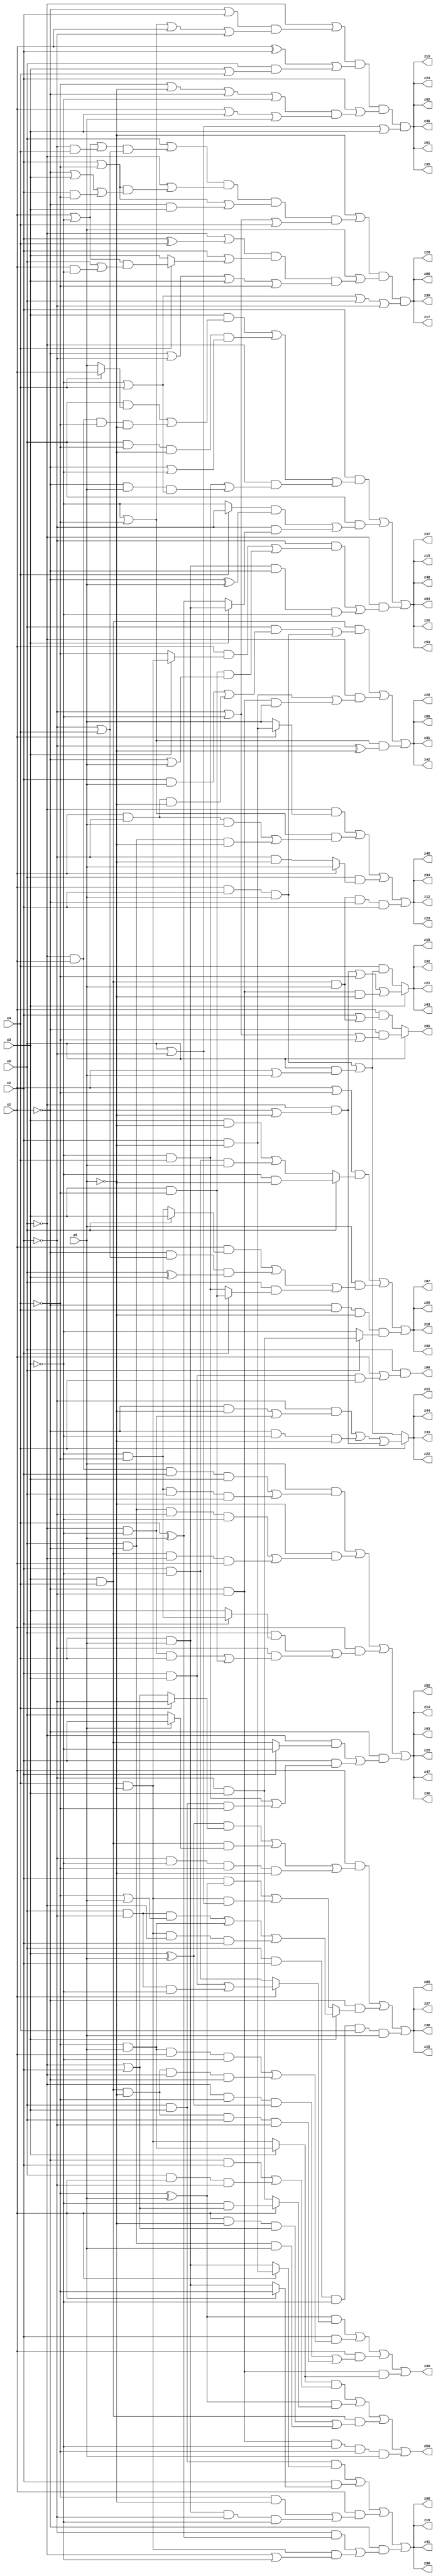
// Benchmark "q_8" written by ABC on Fri Jul 07 00:08:56 2023

module q_8 ( 
    x0, x1, x2, x3, x4, x5,
    z00, z01, z02, z03, z04, z05, z06, z07, z08, z09, z10, z11, z12, z13,
    z14, z15, z16, z17, z18, z19, z20, z21, z22, z23, z24, z25, z26, z27,
    z28, z29, z30, z31, z32, z33, z34, z35, z36, z37, z38, z39, z40, z41,
    z42, z43, z44, z45, z46, z47, z48, z49, z50, z51, z52, z53  );
  input  x0, x1, x2, x3, x4, x5;
  output z00, z01, z02, z03, z04, z05, z06, z07, z08, z09, z10, z11, z12, z13,
    z14, z15, z16, z17, z18, z19, z20, z21, z22, z23, z24, z25, z26, z27,
    z28, z29, z30, z31, z32, z33, z34, z35, z36, z37, z38, z39, z40, z41,
    z42, z43, z44, z45, z46, z47, z48, z49, z50, z51, z52, z53;
  assign z00 = x0 & (x1 | (x2 & x3 & x4));
  assign z01 = x0 ? (~x1 & (~x2 | ~x3 | ~x4)) : (x1 & (x2 | (x3 & x4 & x5)));
  assign z02 = (~x0 | ((~x1 | x2) & (~x3 | ~x4 | x1 | ~x2))) & ((x1 ^ x2) | (x0 & (x3 | x4))) & (x2 | ((~x4 | ~x5 | ~x1 | ~x3) & (x1 | x3 | x5))) & (x0 | ~x2 | x3);
  assign z03 = (x5 & ((~x0 & x1 & x2 & x3) | (~x3 & ~x4 & x0 & ~x1))) | (~x5 & ((x0 & ~x1 & ~x2 & ~x3) | (x3 & x4 & ~x0 & x1))) | (x1 & ((x0 & (x2 ? (~x3 & ~x4) : x3)) | (~x2 & ((~x0 & ~x3 & x4) | (x3 & ~x4))))) | (~x1 & ((~x0 & (x2 ? ~x3 : (x3 & x4))) | (x2 & ((~x3 & x4) | (x0 & x3 & ~x4)))));
  assign z04 = (x2 & ((x3 & ((x0 & (x4 ? x1 : x5)) | (~x0 & x1 & ~x4 & ~x5))) | (x0 & ~x4 & ~x5 & (~x1 | ~x3)) | (~x0 & ((~x3 & x4) | (~x1 & x5 & (~x3 | x4)))))) | (x0 & (((x4 ? ~x2 : ~x3) & (~x1 ^ x5)) | (~x2 & (x3 ? (x4 & x5) : (x4 ^ x5))))) | (~x0 & ((~x2 & ((x1 & (x3 ? (x4 & ~x5) : ~x4)) | (x3 & ~x4 & (~x1 | x5)))) | (x4 & x5 & ~x1 & ~x3)));
  assign z05 = (x1 & (((x3 ^ x5) & (x4 ? ~x2 : (~x0 | x2))) | (x3 & x4 & (x5 ? x2 : x0)) | (~x2 & ~x3 & ~x4 & ~x5))) | (~x1 & (x3 ? ((x0 & ~x2 & (~x4 | x5)) | (~x4 & x5) | (x4 & ~x5 & ~x0 & x2)) : ((x2 & (~x4 ^ x5)) | (x4 & ~x5 & (x0 | ~x2))))) | (x0 & x2 & ~x3 & x4 & x5);
  assign z06 = (~x5 | ((x0 | ((x1 | ~x3 | (~x2 & x4)) & (~x2 | x4))) & (~x0 | ((x2 | ~x4) & (~x1 | x3 | (x2 & ~x4)))) & (x2 | ~x4 | (~x1 & x3)) & (~x2 | ~x3 | x4))) & (x5 | ((~x0 | (x2 ^ x4)) & (x2 | (x4 ? ((x1 | ~x3) & (x0 | (x1 & ~x3))) : x3)) & (~x1 | ~x2 | x3 | ~x4))) & (~x3 | x4 | x0 | ~x2);
  assign z07 = ((x1 | ~x4) & (x0 ? (~x3 & ~x5) : ((x3 & ~x5) | (x2 & ~x3 & x5)))) | (x5 & ((x1 & (x0 ? x3 : (~x3 & ~x4))) | (~x1 & (~x2 | x4) & (x0 ^ x3)) | (x0 & (x2 ? (x3 & ~x4) : (~x3 & x4))))) | (~x1 & x4 & ~x5 & (x0 ? (~x2 & x3) : ~x3));
  assign z08 = (x0 & x3 & (x1 ? (x2 & ~x5) : (x4 & x5))) | (x2 & (x1 ? ~x4 : (x4 & x5))) | (x1 & ((~x4 & ~x5) | (x4 & x5 & ~x2 & ~x3))) | (~x1 & ((~x2 & (x4 ^ x5)) | (x4 & ~x5 & (~x0 | ~x3))));
  assign z09 = (x3 & x4 & ((x0 & ((x2 & x5) | (x1 & ~x2 & ~x5))) | (x1 & x2 & x5))) | (~x0 & ((x2 & ~x5) | (~x1 & ~x2 & x5))) | ((~x3 | ~x4) & (~x2 ^ ~x5));
  assign z10 = x3 ? ((~x0 & (~x1 | ~x5)) | ~x4 | (~x1 & ~x2 & ~x5)) : (x4 & ((x1 & x2 & x5) | (x0 & (x1 | x5))));
  assign z11 = x4 ? ((~x2 & ((~x1 & ~x5) | (~x0 & ~x3))) | (~x1 & ~x3 & ~x5) | (~x0 & (~x1 | ~x5))) : ((x1 & x2 & x5) | (x0 & (x1 | x5)));
  assign z12 = (~x0 & (x1 ? (x2 & ~x5) : x5)) | ((~x3 | ~x4) & ((x1 & ~x2 & x5) | (x0 & ~x1 & ~x5))) | (x0 & (x1 ? x5 : (~x2 & ~x5))) | (x3 & x4 & x5 & ~x1 & x2);
  assign z49 = ((~x4 ^ x5) & (x1 ? ((x2 & x3) | (x0 & ~x2 & ~x3)) : (x2 & ~x3))) | (x2 & ((~x4 & x5 & x1 & ~x3) | (x3 & x4 & ~x5 & ~x0 & ~x1))) | (x1 & ((~x0 & ~x4 & (x3 ^ x5)) | (x3 & x4 & ~x5 & x0 & ~x2))) | (~x1 & ~x2 & (x3 ? (~x4 & x5) : (x4 & ~x5)));
  assign z50 = ((x3 ? (~x4 & x5) : (x4 & ~x5)) & ((~x1 & x2) | (x0 & x1 & ~x2))) | ((~x4 ^ x5) & (x1 ? (~x3 & (~x0 | x2)) : (~x2 & x3))) | (x3 & x4 & ((x1 & ~x5 & (~x0 | x2)) | (x0 & ~x1 & x5))) | (~x1 & ~x2 & ~x3 & ~x4 & x5);
  assign z13 = (~x0 | ((~x1 | x2) & (~x3 | ~x4 | x1 | ~x2))) & ((x1 ^ x2) | (x0 & (x3 | x4))) & (x2 | ((~x4 | ~x5 | ~x1 | ~x3) & (x1 | x3 | x5))) & (x0 | ~x2 | x3);
  assign z14 = (x5 & ((~x0 & x1 & x2 & x3) | (~x3 & ~x4 & x0 & ~x1))) | (~x5 & ((x0 & ~x1 & ~x2 & ~x3) | (x3 & x4 & ~x0 & x1))) | (x1 & ((x0 & (x2 ? (~x3 & ~x4) : x3)) | (~x2 & ((~x0 & ~x3 & x4) | (x3 & ~x4))))) | (~x1 & ((~x0 & (x2 ? ~x3 : (x3 & x4))) | (x2 & ((~x3 & x4) | (x0 & x3 & ~x4)))));
  assign z15 = (x2 & ((x3 & ((x0 & (x4 ? x1 : x5)) | (~x0 & x1 & ~x4 & ~x5))) | (x0 & ~x4 & ~x5 & (~x1 | ~x3)) | (~x0 & ((~x3 & x4) | (~x1 & x5 & (~x3 | x4)))))) | (x0 & (((x4 ? ~x2 : ~x3) & (~x1 ^ x5)) | (~x2 & (x3 ? (x4 & x5) : (x4 ^ x5))))) | (~x0 & ((~x2 & ((x1 & (x3 ? (x4 & ~x5) : ~x4)) | (x3 & ~x4 & (~x1 | x5)))) | (x4 & x5 & ~x1 & ~x3)));
  assign z16 = (x1 & (((x3 ^ x5) & (x4 ? ~x2 : (~x0 | x2))) | (x3 & x4 & (x5 ? x2 : x0)) | (~x2 & ~x3 & ~x4 & ~x5))) | (~x1 & (x3 ? ((x0 & ~x2 & (~x4 | x5)) | (~x4 & x5) | (x4 & ~x5 & ~x0 & x2)) : ((x2 & (~x4 ^ x5)) | (x4 & ~x5 & (x0 | ~x2))))) | (x0 & x2 & ~x3 & x4 & x5);
  assign z17 = (~x5 | ((x0 | ((x1 | ~x3 | (~x2 & x4)) & (~x2 | x4))) & (~x0 | ((x2 | ~x4) & (~x1 | x3 | (x2 & ~x4)))) & (x2 | ~x4 | (~x1 & x3)) & (~x2 | ~x3 | x4))) & (x5 | ((~x0 | (x2 ^ x4)) & (x2 | (x4 ? ((x1 | ~x3) & (x0 | (x1 & ~x3))) : x3)) & (~x1 | ~x2 | x3 | ~x4))) & (~x3 | x4 | x0 | ~x2);
  assign z18 = ((x1 | ~x4) & (x0 ? (~x3 & ~x5) : ((x3 & ~x5) | (x2 & ~x3 & x5)))) | (x5 & ((x1 & (x0 ? x3 : (~x3 & ~x4))) | (~x1 & (~x2 | x4) & (x0 ^ x3)) | (x0 & (x2 ? (x3 & ~x4) : (~x3 & x4))))) | (~x1 & x4 & ~x5 & (x0 ? (~x2 & x3) : ~x3));
  assign z19 = (x0 & x3 & (x1 ? (x2 & ~x5) : (x4 & x5))) | (x2 & (x1 ? ~x4 : (x4 & x5))) | (x1 & ((~x4 & ~x5) | (x4 & x5 & ~x2 & ~x3))) | (~x1 & ((~x2 & (x4 ^ x5)) | (x4 & ~x5 & (~x0 | ~x3))));
  assign z20 = (x3 & x4 & ((x0 & ((x2 & x5) | (x1 & ~x2 & ~x5))) | (x1 & x2 & x5))) | (~x0 & ((x2 & ~x5) | (~x1 & ~x2 & x5))) | ((~x3 | ~x4) & (~x2 ^ ~x5));
  assign z21 = x3 ? ((~x0 & (~x1 | ~x5)) | ~x4 | (~x1 & ~x2 & ~x5)) : (x4 & ((x1 & x2 & x5) | (x0 & (x1 | x5))));
  assign z22 = x4 ? ((~x2 & ((~x1 & ~x5) | (~x0 & ~x3))) | (~x1 & ~x3 & ~x5) | (~x0 & (~x1 | ~x5))) : ((x1 & x2 & x5) | (x0 & (x1 | x5)));
  assign z23 = (~x0 & (x1 ? (x2 & ~x5) : x5)) | ((~x3 | ~x4) & ((x1 & ~x2 & x5) | (x0 & ~x1 & ~x5))) | (x0 & (x1 ? x5 : (~x2 & ~x5))) | (x3 & x4 & x5 & ~x1 & x2);
  assign z24 = (~x0 | ((~x1 | x2) & (~x3 | ~x4 | x1 | ~x2))) & ((x1 ^ x2) | (x0 & (x3 | x4))) & (x2 | ((~x4 | ~x5 | ~x1 | ~x3) & (x1 | x3 | x5))) & (x0 | ~x2 | x3);
  assign z25 = (x5 & ((~x0 & x1 & x2 & x3) | (~x3 & ~x4 & x0 & ~x1))) | (~x5 & ((x0 & ~x1 & ~x2 & ~x3) | (x3 & x4 & ~x0 & x1))) | (x1 & ((x0 & (x2 ? (~x3 & ~x4) : x3)) | (~x2 & ((~x0 & ~x3 & x4) | (x3 & ~x4))))) | (~x1 & ((~x0 & (x2 ? ~x3 : (x3 & x4))) | (x2 & ((~x3 & x4) | (x0 & x3 & ~x4)))));
  assign z26 = (x2 & ((x3 & ((x0 & (x4 ? x1 : x5)) | (~x0 & x1 & ~x4 & ~x5))) | (x0 & ~x4 & ~x5 & (~x1 | ~x3)) | (~x0 & ((~x3 & x4) | (~x1 & x5 & (~x3 | x4)))))) | (x0 & (((x4 ? ~x2 : ~x3) & (~x1 ^ x5)) | (~x2 & (x3 ? (x4 & x5) : (x4 ^ x5))))) | (~x0 & ((~x2 & ((x1 & (x3 ? (x4 & ~x5) : ~x4)) | (x3 & ~x4 & (~x1 | x5)))) | (x4 & x5 & ~x1 & ~x3)));
  assign z27 = (x1 & (((x3 ^ x5) & (x4 ? ~x2 : (~x0 | x2))) | (x3 & x4 & (x5 ? x2 : x0)) | (~x2 & ~x3 & ~x4 & ~x5))) | (~x1 & (x3 ? ((x0 & ~x2 & (~x4 | x5)) | (~x4 & x5) | (x4 & ~x5 & ~x0 & x2)) : ((x2 & (~x4 ^ x5)) | (x4 & ~x5 & (x0 | ~x2))))) | (x0 & x2 & ~x3 & x4 & x5);
  assign z28 = (~x5 | ((x0 | ((x1 | ~x3 | (~x2 & x4)) & (~x2 | x4))) & (~x0 | ((x2 | ~x4) & (~x1 | x3 | (x2 & ~x4)))) & (x2 | ~x4 | (~x1 & x3)) & (~x2 | ~x3 | x4))) & (x5 | ((~x0 | (x2 ^ x4)) & (x2 | (x4 ? ((x1 | ~x3) & (x0 | (x1 & ~x3))) : x3)) & (~x1 | ~x2 | x3 | ~x4))) & (~x3 | x4 | x0 | ~x2);
  assign z29 = ((x1 | ~x4) & (x0 ? (~x3 & ~x5) : ((x3 & ~x5) | (x2 & ~x3 & x5)))) | (x5 & ((x1 & (x0 ? x3 : (~x3 & ~x4))) | (~x1 & (~x2 | x4) & (x0 ^ x3)) | (x0 & (x2 ? (x3 & ~x4) : (~x3 & x4))))) | (~x1 & x4 & ~x5 & (x0 ? (~x2 & x3) : ~x3));
  assign z30 = (x0 & x3 & (x1 ? (x2 & ~x5) : (x4 & x5))) | (x2 & (x1 ? ~x4 : (x4 & x5))) | (x1 & ((~x4 & ~x5) | (x4 & x5 & ~x2 & ~x3))) | (~x1 & ((~x2 & (x4 ^ x5)) | (x4 & ~x5 & (~x0 | ~x3))));
  assign z31 = (x3 & x4 & ((x0 & ((x2 & x5) | (x1 & ~x2 & ~x5))) | (x1 & x2 & x5))) | (~x0 & ((x2 & ~x5) | (~x1 & ~x2 & x5))) | ((~x3 | ~x4) & (~x2 ^ ~x5));
  assign z32 = x3 ? ((~x0 & (~x1 | ~x5)) | ~x4 | (~x1 & ~x2 & ~x5)) : (x4 & ((x1 & x2 & x5) | (x0 & (x1 | x5))));
  assign z33 = x4 ? ((~x2 & ((~x1 & ~x5) | (~x0 & ~x3))) | (~x1 & ~x3 & ~x5) | (~x0 & (~x1 | ~x5))) : ((x1 & x2 & x5) | (x0 & (x1 | x5)));
  assign z34 = (~x0 & (x1 ? (x2 & ~x5) : x5)) | ((~x3 | ~x4) & ((x1 & ~x2 & x5) | (x0 & ~x1 & ~x5))) | (x0 & (x1 ? x5 : (~x2 & ~x5))) | (x3 & x4 & x5 & ~x1 & x2);
  assign z35 = (~x0 | ((~x1 | x2) & (~x3 | ~x4 | x1 | ~x2))) & ((x1 ^ x2) | (x0 & (x3 | x4))) & (x2 | ((~x4 | ~x5 | ~x1 | ~x3) & (x1 | x3 | x5))) & (x0 | ~x2 | x3);
  assign z36 = (x5 & ((~x0 & x1 & x2 & x3) | (~x3 & ~x4 & x0 & ~x1))) | (~x5 & ((x0 & ~x1 & ~x2 & ~x3) | (x3 & x4 & ~x0 & x1))) | (x1 & ((x0 & (x2 ? (~x3 & ~x4) : x3)) | (~x2 & ((~x0 & ~x3 & x4) | (x3 & ~x4))))) | (~x1 & ((~x0 & (x2 ? ~x3 : (x3 & x4))) | (x2 & ((~x3 & x4) | (x0 & x3 & ~x4)))));
  assign z37 = (x2 & ((x3 & ((x0 & (x4 ? x1 : x5)) | (~x0 & x1 & ~x4 & ~x5))) | (x0 & ~x4 & ~x5 & (~x1 | ~x3)) | (~x0 & ((~x3 & x4) | (~x1 & x5 & (~x3 | x4)))))) | (x0 & (((x4 ? ~x2 : ~x3) & (~x1 ^ x5)) | (~x2 & (x3 ? (x4 & x5) : (x4 ^ x5))))) | (~x0 & ((~x2 & ((x1 & (x3 ? (x4 & ~x5) : ~x4)) | (x3 & ~x4 & (~x1 | x5)))) | (x4 & x5 & ~x1 & ~x3)));
  assign z38 = (x1 & (((x3 ^ x5) & (x4 ? ~x2 : (~x0 | x2))) | (x3 & x4 & (x5 ? x2 : x0)) | (~x2 & ~x3 & ~x4 & ~x5))) | (~x1 & (x3 ? ((x0 & ~x2 & (~x4 | x5)) | (~x4 & x5) | (x4 & ~x5 & ~x0 & x2)) : ((x2 & (~x4 ^ x5)) | (x4 & ~x5 & (x0 | ~x2))))) | (x0 & x2 & ~x3 & x4 & x5);
  assign z39 = (~x5 | ((x0 | ((x1 | ~x3 | (~x2 & x4)) & (~x2 | x4))) & (~x0 | ((x2 | ~x4) & (~x1 | x3 | (x2 & ~x4)))) & (x2 | ~x4 | (~x1 & x3)) & (~x2 | ~x3 | x4))) & (x5 | ((~x0 | (x2 ^ x4)) & (x2 | (x4 ? ((x1 | ~x3) & (x0 | (x1 & ~x3))) : x3)) & (~x1 | ~x2 | x3 | ~x4))) & (~x3 | x4 | x0 | ~x2);
  assign z40 = ((x1 | ~x4) & (x0 ? (~x3 & ~x5) : ((x3 & ~x5) | (x2 & ~x3 & x5)))) | (x5 & ((x1 & (x0 ? x3 : (~x3 & ~x4))) | (~x1 & (~x2 | x4) & (x0 ^ x3)) | (x0 & (x2 ? (x3 & ~x4) : (~x3 & x4))))) | (~x1 & x4 & ~x5 & (x0 ? (~x2 & x3) : ~x3));
  assign z41 = (x0 & x3 & (x1 ? (x2 & ~x5) : (x4 & x5))) | (x2 & (x1 ? ~x4 : (x4 & x5))) | (x1 & ((~x4 & ~x5) | (x4 & x5 & ~x2 & ~x3))) | (~x1 & ((~x2 & (x4 ^ x5)) | (x4 & ~x5 & (~x0 | ~x3))));
  assign z42 = (x3 & x4 & ((x0 & ((x2 & x5) | (x1 & ~x2 & ~x5))) | (x1 & x2 & x5))) | (~x0 & ((x2 & ~x5) | (~x1 & ~x2 & x5))) | ((~x3 | ~x4) & (~x2 ^ ~x5));
  assign z43 = x3 ? ((~x0 & (~x1 | ~x5)) | ~x4 | (~x1 & ~x2 & ~x5)) : (x4 & ((x1 & x2 & x5) | (x0 & (x1 | x5))));
  assign z44 = x4 ? ((~x2 & ((~x1 & ~x5) | (~x0 & ~x3))) | (~x1 & ~x3 & ~x5) | (~x0 & (~x1 | ~x5))) : ((x1 & x2 & x5) | (x0 & (x1 | x5)));
  assign z45 = (~x0 & (x1 ? (x2 & ~x5) : x5)) | ((~x3 | ~x4) & ((x1 & ~x2 & x5) | (x0 & ~x1 & ~x5))) | (x0 & (x1 ? x5 : (~x2 & ~x5))) | (x3 & x4 & x5 & ~x1 & x2);
  assign z46 = (~x0 | ((~x1 | x2) & (~x3 | ~x4 | x1 | ~x2))) & ((x1 ^ x2) | (x0 & (x3 | x4))) & (x2 | ((~x4 | ~x5 | ~x1 | ~x3) & (x1 | x3 | x5))) & (x0 | ~x2 | x3);
  assign z47 = (x5 & ((~x0 & x1 & x2 & x3) | (~x3 & ~x4 & x0 & ~x1))) | (~x5 & ((x0 & ~x1 & ~x2 & ~x3) | (x3 & x4 & ~x0 & x1))) | (x1 & ((x0 & (x2 ? (~x3 & ~x4) : x3)) | (~x2 & ((~x0 & ~x3 & x4) | (x3 & ~x4))))) | (~x1 & ((~x0 & (x2 ? ~x3 : (x3 & x4))) | (x2 & ((~x3 & x4) | (x0 & x3 & ~x4)))));
  assign z48 = (x2 & ((x3 & ((x0 & (x4 ? x1 : x5)) | (~x0 & x1 & ~x4 & ~x5))) | (x0 & ~x4 & ~x5 & (~x1 | ~x3)) | (~x0 & ((~x3 & x4) | (~x1 & x5 & (~x3 | x4)))))) | (x0 & (((x4 ? ~x2 : ~x3) & (~x1 ^ x5)) | (~x2 & (x3 ? (x4 & x5) : (x4 ^ x5))))) | (~x0 & ((~x2 & ((x1 & (x3 ? (x4 & ~x5) : ~x4)) | (x3 & ~x4 & (~x1 | x5)))) | (x4 & x5 & ~x1 & ~x3)));
  assign z51 = (~x0 | ((~x1 | x2) & (~x3 | ~x4 | x1 | ~x2))) & ((x1 ^ x2) | (x0 & (x3 | x4))) & (x2 | ((~x4 | ~x5 | ~x1 | ~x3) & (x1 | x3 | x5))) & (x0 | ~x2 | x3);
  assign z52 = (x5 & ((~x0 & x1 & x2 & x3) | (~x3 & ~x4 & x0 & ~x1))) | (~x5 & ((x0 & ~x1 & ~x2 & ~x3) | (x3 & x4 & ~x0 & x1))) | (x1 & ((x0 & (x2 ? (~x3 & ~x4) : x3)) | (~x2 & ((~x0 & ~x3 & x4) | (x3 & ~x4))))) | (~x1 & ((~x0 & (x2 ? ~x3 : (x3 & x4))) | (x2 & ((~x3 & x4) | (x0 & x3 & ~x4)))));
  assign z53 = (x2 & ((x3 & ((x0 & (x4 ? x1 : x5)) | (~x0 & x1 & ~x4 & ~x5))) | (x0 & ~x4 & ~x5 & (~x1 | ~x3)) | (~x0 & ((~x3 & x4) | (~x1 & x5 & (~x3 | x4)))))) | (x0 & (((x4 ? ~x2 : ~x3) & (~x1 ^ x5)) | (~x2 & (x3 ? (x4 & x5) : (x4 ^ x5))))) | (~x0 & ((~x2 & ((x1 & (x3 ? (x4 & ~x5) : ~x4)) | (x3 & ~x4 & (~x1 | x5)))) | (x4 & x5 & ~x1 & ~x3)));
endmodule